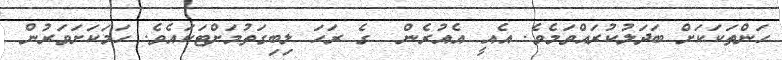
ހަންތަކަކަށް ބަދަލުކުރައްވަމެވެ. އެއީ އެއުރެން  ގެ ރަހަ ލިބިގަތުމަށްޓަކައެވެ. ހަމަކަށަވަރުން